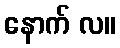
နောက် လ။